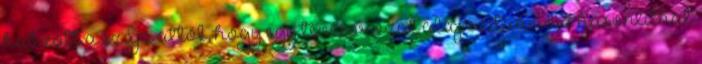
habzott a szája attól, hogy egy tévésorozat alapszituációja hasonlíthat